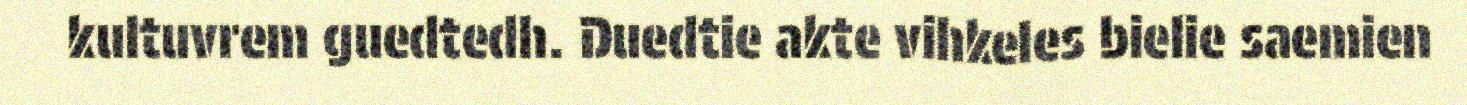
kultuvrem guedtedh. Duedtie akte vihkeles bielie saemien